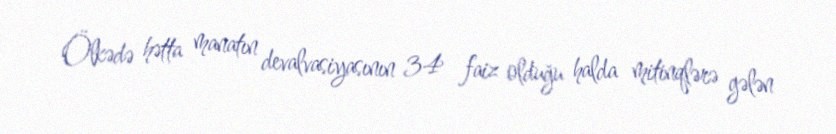
Ölkədə hətta manatın devalvasiyasının 34 faiz olduğu halda mitinqlərə gələn